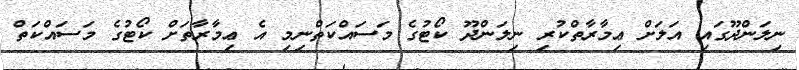
ނިލަންދޫގައި އަލަށް ޢިމާރާތްކުރި ނިލަންދޫ ކޯޓުގެ މަސައްކަތްނިމި އެ ޢިމާރާތަށް ކޯޓުގެ މަސައްކަތް